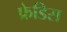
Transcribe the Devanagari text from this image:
फ्रेडिस